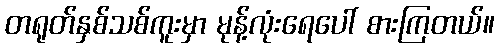
တရုတ်နှစ်သစ်ကူးမှာ မုန့်လုံးရေပေါ် စားကြတယ်။